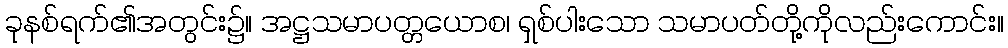
ခုနစ်ရက်၏အတွင်း၌။ အဋ္ဌသမာပတ္တယောစ၊ ရှစ်ပါးသော သမာပတ်တို့ကိုလည်းကောင်း။